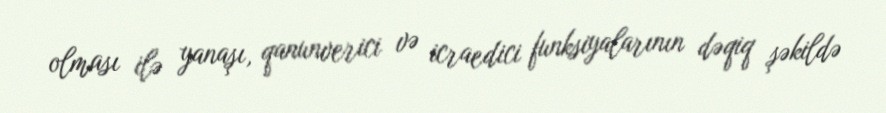
olması ilə yanaşı, qanunverici və icraedici funksiyalarının dəqiq şəkildə